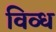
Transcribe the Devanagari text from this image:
विव्ध